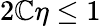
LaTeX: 2\mathbb{C}\eta\leq1